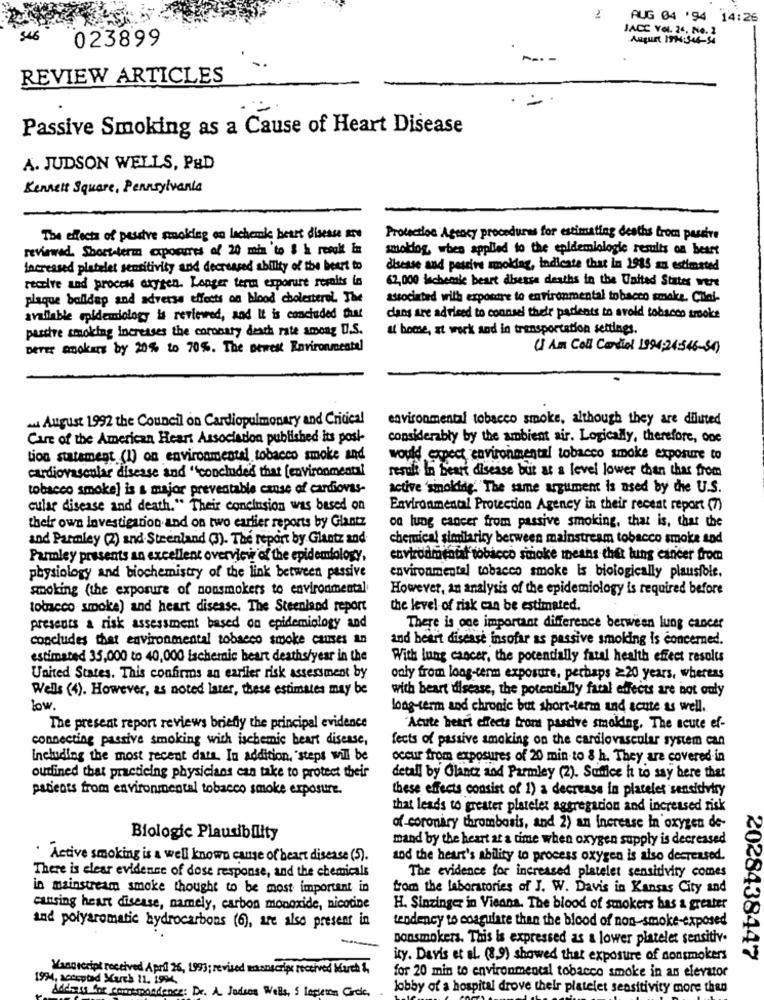
2
AUG 04 '94 14:26
JACC VOL. 24. No. 2
023899
August 1914:544-54
REVIEW ARTICLES
=
Passive Smoking as a Cause of Heart Disease
A. JUDSON WELLS, P&D
Kennett Square, Pennsylvania
The effects of pesstre smoking on lachemie heart disease au
Protection Agency procedures for estimating deaths from passive
reviewed. Short-term axpocres of 20 min to $ h resalt im
smoking, when applied to the epidemiologie results on beast
Increased platelet sensitivity and decreased ability of the beast to
disease and passive smoking, indicate that in 1985 an estimated
62,000 ischemic beart disesse deaths in the United States were
receive and process oxygen. Longer term exposure resaits la
plaque balldap and adverse effects on blood cholesterol. The
associated with exposure to environmental tobacco smoke. Cilal-
available epidemiology is reviewed, and It is concluded that
dans are advised to counsel their parents to avoid tobacco smoke
passive smoking increases the coronary death rate among U.S.
& bome, at work and in transportation settings.
DETEr makers by 20% to 70%. The Dewes Environmentel
U Am Coll Candel 1994:24:546-54)
. August 1992 the Council on Cardiopulmonary and Critical
environmental tobacco smoke, although they are diluted
Care of the American Heart Association published its posi-
considerably by the ambient air. Logically, therefore, one
tion statement (I) on environmental tobacco smoke and
would expect environmental tobacco smoke exposure to
cardiovascular disease and "concluded that [environmental
result In Beart disease but as a level lower than thas from
tobacco smoke] is a major preventable canse of cardiovas-
active 'sinokdidig. The same argument is used by the U.S.
cular disease and death." Their conclusion was based on
Environmental Protection Agency in their recent repart (7)
on lung cancer from passive smoking, that is, that the
their own investigation and on two earlier reports by Glantz
and Parmley (2) and Steenland (3). The report by Glantz and
chemical similarity between mainstream tobacco smoke and
Parmley presents an excellent overview of the epidemiology,
environmental tobacco smoke means that lung cancer from
physiology and biochemistry of the link between passive
environmental tobacco smoke is biologically plausible.
smoking (the exposure of nonsmokers to environmental
However, an analysis of the epidemiology is required before
tobacco smoke) and heart disease. The Steenland report
the level of risk can be estimated.
presents a risk assessment based on epidemiology and
There is one important difference between lung cancer
concludes that environmental tobacco smoke causes an
and heart disease insofar as passive smoking is concerned.
estimated 35,000 to 40,000 ischemic beart deaths/year in the
With lung cancer, the potentially fatal health effect results
United States. This confirms an earlier risk assessment by
only from long-term exposure, perhaps ≥20 years, whereas
Wells (4). However, as noted later, these estimates may be
with heart disease, the potentially fatal effects are not only
low.
long-term and chronic but short-term and acute as well.
The present report reviews briefly the principal evidence
"Acute heari effects trom pasdive smoking. The acute ef-
connecting passive smoking with ischemic heart disease,
fects of passive smoking on the cardiovascular system can
Including the most recent data. In addition, "steps will be
occur from exposures of 20 min-to 8 h. They are covered in
oudined that practicing physicians can take to protect their
detall by Glance and Parmley (2). Suffice ht to say here that
patients from environmental tobacco smoke exposure.
these effects consist of 1) a decrease in plateles sancidvky
that leads to greater platelet aggregation and increased risk
of coronary thrombosis, and 2) an Increase in oxygen de-
Biologic Plausibility
mand by the heart at a time when oxygen supply is decreased
.Active smoking is a well known cause of heart disease (5).
tod the heart's ability to process oxygen is also decreased.
There is clear evidence of dose response, and the chemicals
The evidence for increased platelet sensitivity comes
in mainstream smoke thought to be most important in
from the laboratories of J. W. Davis in Kansas City and
cansing heart disease, namely, carbon monoxide, nicotine
H. Sinzinger in Vienna. The blood of smokers has a greater
tendency to coagulare than the blood of non-smoke-exposed
and polyaromatic hydrocarbons (6), are also present in
-
Donsmokers. This is expressed as a lower platelet sensitiv.
ity. Davis et al. (8,9) showed that exposure of nonsmokers
2028438147
Mangecript received April 26, 1993; revised maanscrips received March &,
1934, accepted March 11. 1994.
for 20 min to environmental tobacco smoke in an elevator
Address for courtpondence: Dr. A. Jadson Wells, 5 Logletos Circle,
lobby of a hospital drove their platelet sensitivity more than